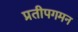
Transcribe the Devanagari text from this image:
प्रतीपगमन